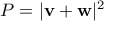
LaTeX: P = | \mathbf { v } + \mathbf { w } | ^ { 2 }